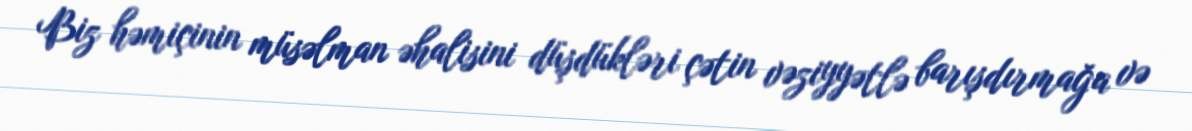
Biz həmiçinin müsəlman əhalisini düşdükləri çətin vəziyyətlə barışdırmağa və